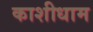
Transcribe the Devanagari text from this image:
काशीधाम